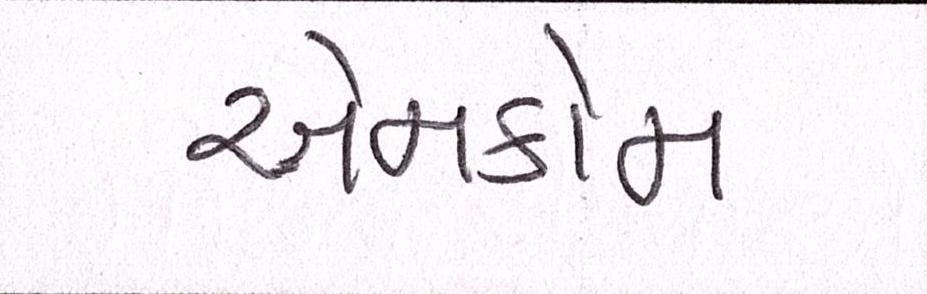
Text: એમકોમ